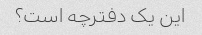
این یک دفترچه است؟